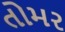
તોમર